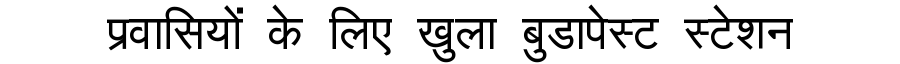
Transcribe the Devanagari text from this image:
प्रवासियों के लिए खुला बुडापेस्ट स्टेशन